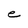
Character: U